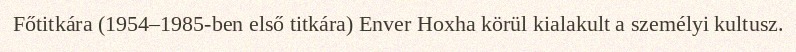
Főtitkára (1954–1985-ben első titkára) Enver Hoxha körül kialakult a személyi kultusz.